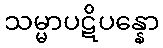
သမ္မာပဋိပန္နော